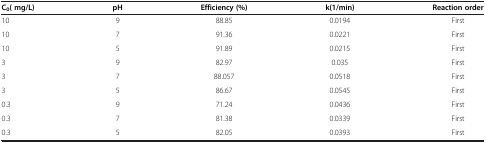
<table><thead><tr><td><b>C<sub>0</sub>( mg/L)</b></td><td><b>pH</b></td><td><b>Efficiency (%)</b></td><td><b>k(1/min)</b></td><td><b>Reaction order</b></td></tr></thead><tbody><tr><td>10</td><td>9</td><td>88.85</td><td>0.0194</td><td>First</td></tr><tr><td>10</td><td>7</td><td>91.36</td><td>0.0221</td><td>First</td></tr><tr><td>10</td><td>5</td><td>91.89</td><td>0.0215</td><td>First</td></tr><tr><td>3</td><td>9</td><td>82.97</td><td>0.035</td><td>First</td></tr><tr><td>3</td><td>7</td><td>88.057</td><td>0.0518</td><td>First</td></tr><tr><td>3</td><td>5</td><td>86.67</td><td>0.0545</td><td>First</td></tr><tr><td>0.3</td><td>9</td><td>71.24</td><td>0.0436</td><td>First</td></tr><tr><td>0.3</td><td>7</td><td>81.38</td><td>0.0339</td><td>First</td></tr><tr><td>0.3</td><td>5</td><td>82.05</td><td>0.0393</td><td>First</td></tr></tbody></table>